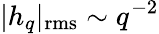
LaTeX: |h_{q}|_{\mathrm{rms}}\sim q^{-2}